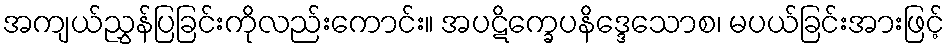
အကျယ်ညွှန်ပြခြင်းကိုလည်းကောင်း။ အပဋိက္ခေပနိဒ္ဒေသောစ၊ မပယ်ခြင်းအားဖြင့်